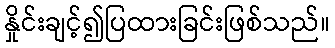
နှိုင်းချင့်၍ပြထားခြင်းဖြစ်သည်။